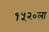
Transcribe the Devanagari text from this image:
१५२०ला